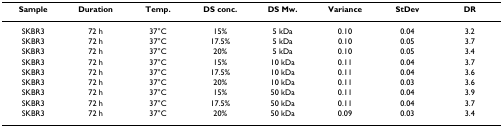
<table><thead><tr><td><b>Sample</b></td><td><b>Duration</b></td><td><b>Temp.</b></td><td><b>DS conc.</b></td><td><b>DS Mw.</b></td><td><b>Variance</b></td><td><b>StDev</b></td><td><b>DR</b></td></tr></thead><tbody><tr><td>SKBR3</td><td>72 h</td><td>37°C</td><td>15%</td><td>5 kDa</td><td>0.10</td><td>0.04</td><td>3.2</td></tr><tr><td>SKBR3</td><td>72 h</td><td>37°C</td><td>17.5%</td><td>5 kDa</td><td>0.10</td><td>0.05</td><td>3.7</td></tr><tr><td>SKBR3</td><td>72 h</td><td>37°C</td><td>20%</td><td>5 kDa</td><td>0.10</td><td>0.05</td><td>3.4</td></tr><tr><td>SKBR3</td><td>72 h</td><td>37°C</td><td>15%</td><td>10 kDa</td><td>0.11</td><td>0.04</td><td>3.7</td></tr><tr><td>SKBR3</td><td>72 h</td><td>37°C</td><td>17.5%</td><td>10 kDa</td><td>0.11</td><td>0.04</td><td>3.6</td></tr><tr><td>SKBR3</td><td>72 h</td><td>37°C</td><td>20%</td><td>10 kDa</td><td>0.11</td><td>0.03</td><td>3.6</td></tr><tr><td>SKBR3</td><td>72 h</td><td>37°C</td><td>15%</td><td>50 kDa</td><td>0.11</td><td>0.04</td><td>3.9</td></tr><tr><td>SKBR3</td><td>72 h</td><td>37°C</td><td>17.5%</td><td>50 kDa</td><td>0.11</td><td>0.04</td><td>3.7</td></tr><tr><td>SKBR3</td><td>72 h</td><td>37°C</td><td>20%</td><td>50 kDa</td><td>0.09</td><td>0.03</td><td>3.4</td></tr></tbody></table>